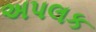
અપલક